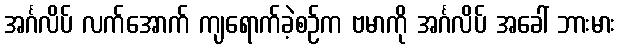
အင်္ဂလိပ် လက်အောက် ကျရောက်ခဲ့စဉ်က ဗမာကို အင်္ဂလိပ် အခေါ် ဘားမား